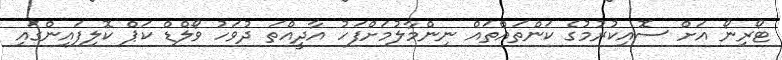
ޓޯރިނޯ އަށް ސޮއިކުރުމުގެ ކަންތައްތައް ނިންމާލުމަށްފަހު އާދީއްތަ ދުވަހު ވޯލްޑް ކަޕް ކޮލިފައިންގައި